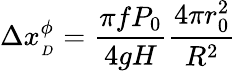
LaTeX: \Delta x_{_{D}}^{\phi}=\frac{\pi fP_{0}}{4gH}\frac{4\pi r_{0}^{2}}{R^{2}}